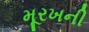
મૂરખની